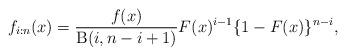
LaTeX: \begin{align*}f_{i:n}(x)=\frac{f(x)}{\operatorname{B}(i,n-i+1)}F(x)^{i-1}\{1-F(x)\}^{n-i},\end{align*}